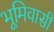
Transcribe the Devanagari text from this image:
भूमिवासी